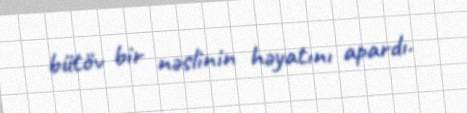
bütöv bir nəslinin həyatını apardı.